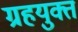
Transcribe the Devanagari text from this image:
ग्रहयुक्त